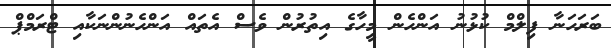
ބަރަހަނާ ފިލްމް ކުޅުނު އަންހެން މީހާގެ އިތުރުން ވެސް އެތައް އަންހެނުންނަކާއި ޓްރަމްޕް